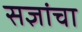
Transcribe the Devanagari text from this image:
सज्ञांचा